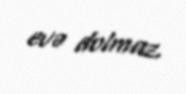
evə dolmaz.